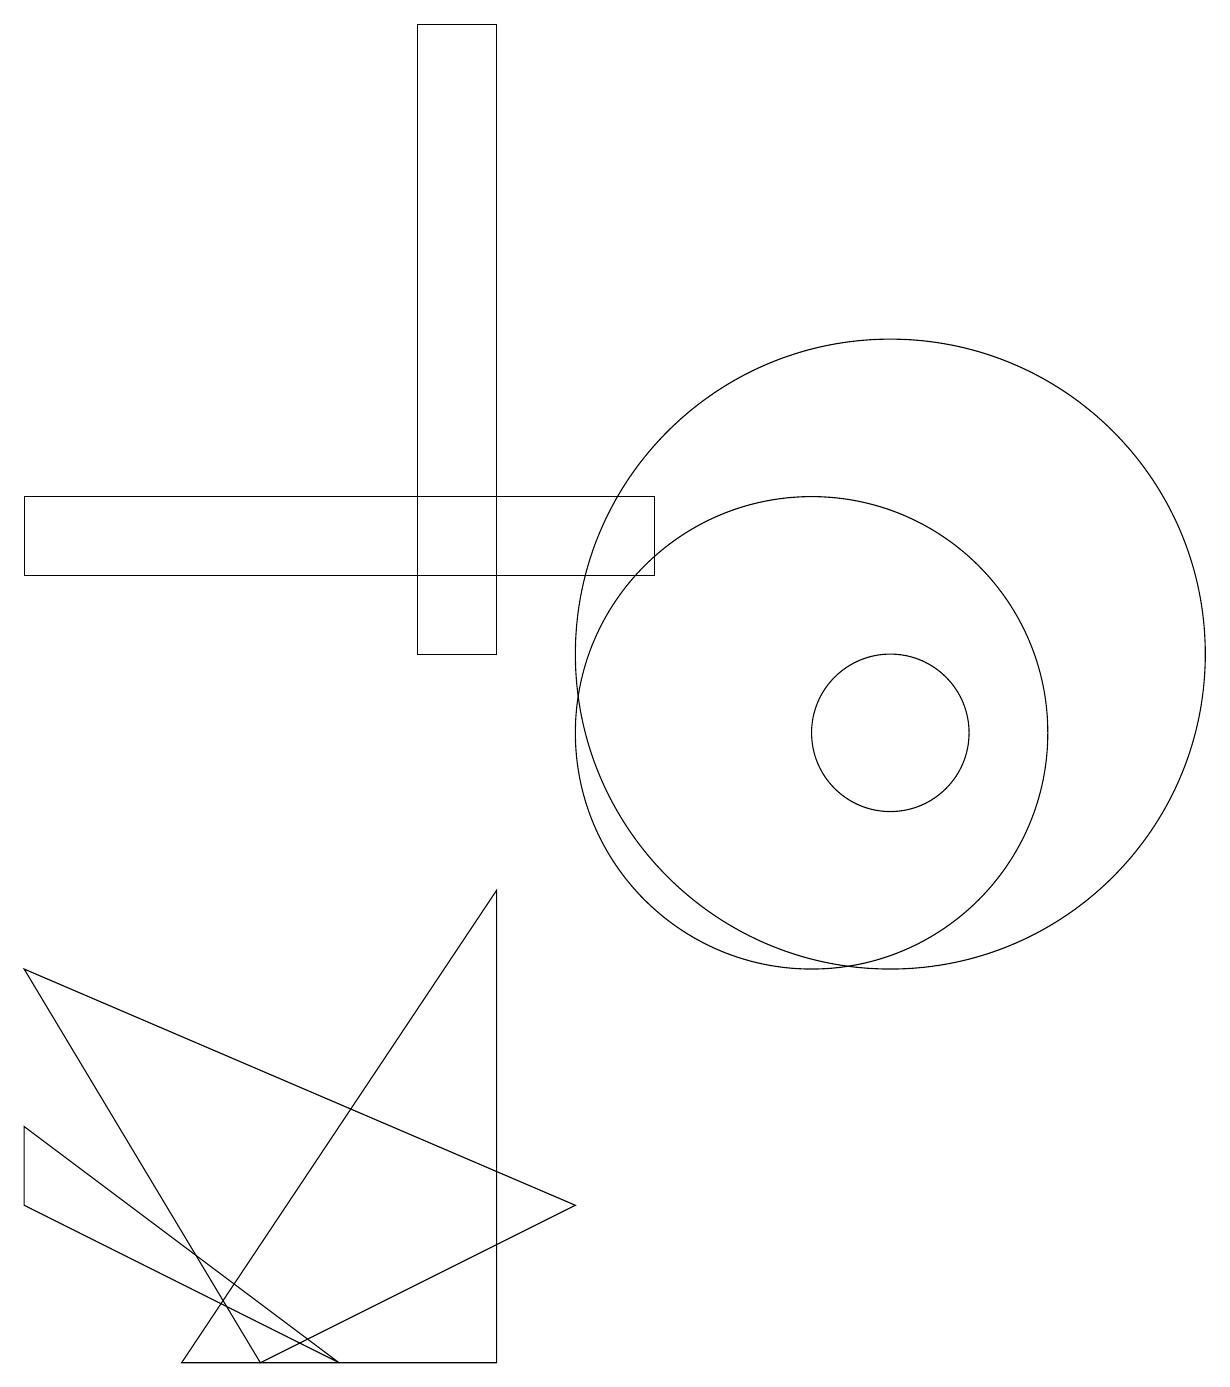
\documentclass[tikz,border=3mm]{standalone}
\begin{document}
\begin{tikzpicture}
\draw (10,10) circle (3);
\draw (4,2) -- (0,5) -- (0,4) -- cycle;
\draw (11,11) circle (4);
\draw (6,19) rectangle (5,11);
\draw (7,4) -- (0,7) -- (3,2) -- cycle;
\draw (11,10) circle (1);
\draw (8,13) rectangle (0,12);
\draw (6,8) -- (6,2) -- (2,2) -- cycle;
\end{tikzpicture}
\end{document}